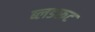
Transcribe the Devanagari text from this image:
ब्लडरूट